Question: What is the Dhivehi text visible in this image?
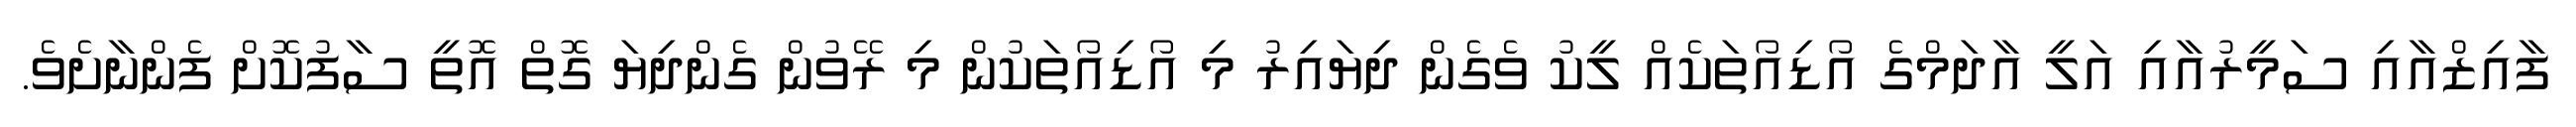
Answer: ފާއިޒްއާއި ސަމީރުއާއި އަލީ އާދަމްގެ އޯޑިއޯތަކެއް ލީކު ވެގެން ދިޔައިރު މި އޯޑިއޯތަކުން މި ރޭވުން ގެންދިޔަ ގޮތް އޮތީ ސާފުކޮށް ފެންނާށެވެ.